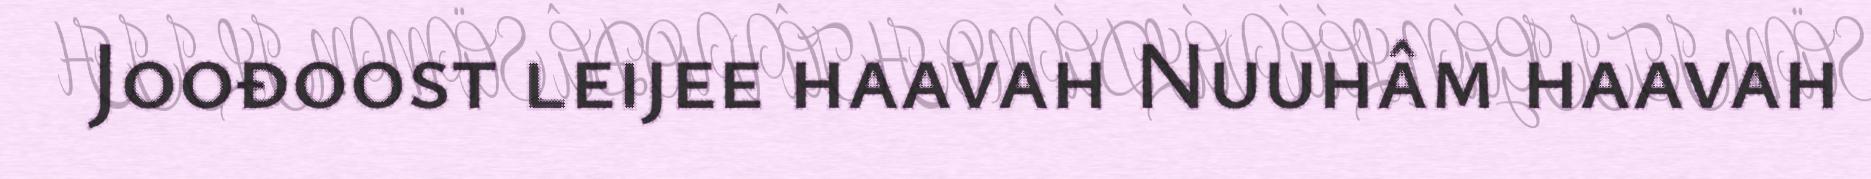
Joođoost leijee haavah Nuuhâm haavah